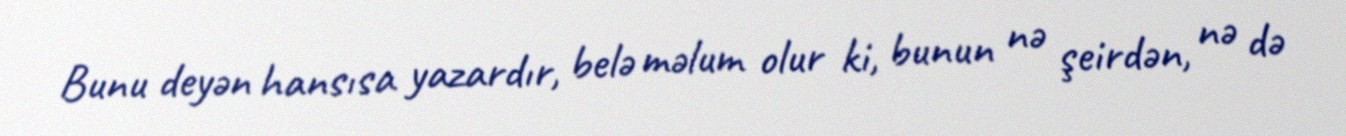
Bunu deyən hansısa yazardır, belə məlum olur ki, bunun nə şeirdən, nə də